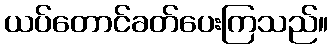
ယပ်တောင်ခတ်ပေးကြသည်။